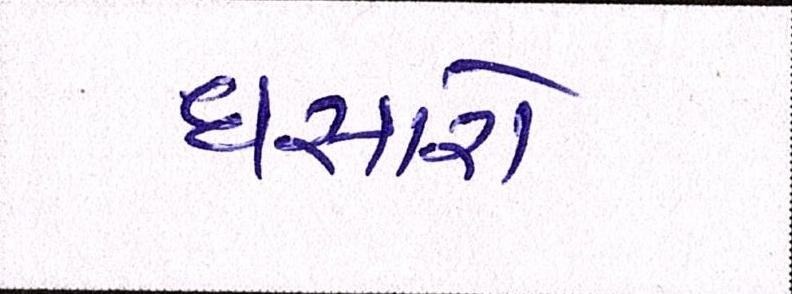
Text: ધસારો